18_6369445_General_1948_Vol_1
Agency: Department of War
Incident date: 6/15/48
Page 13
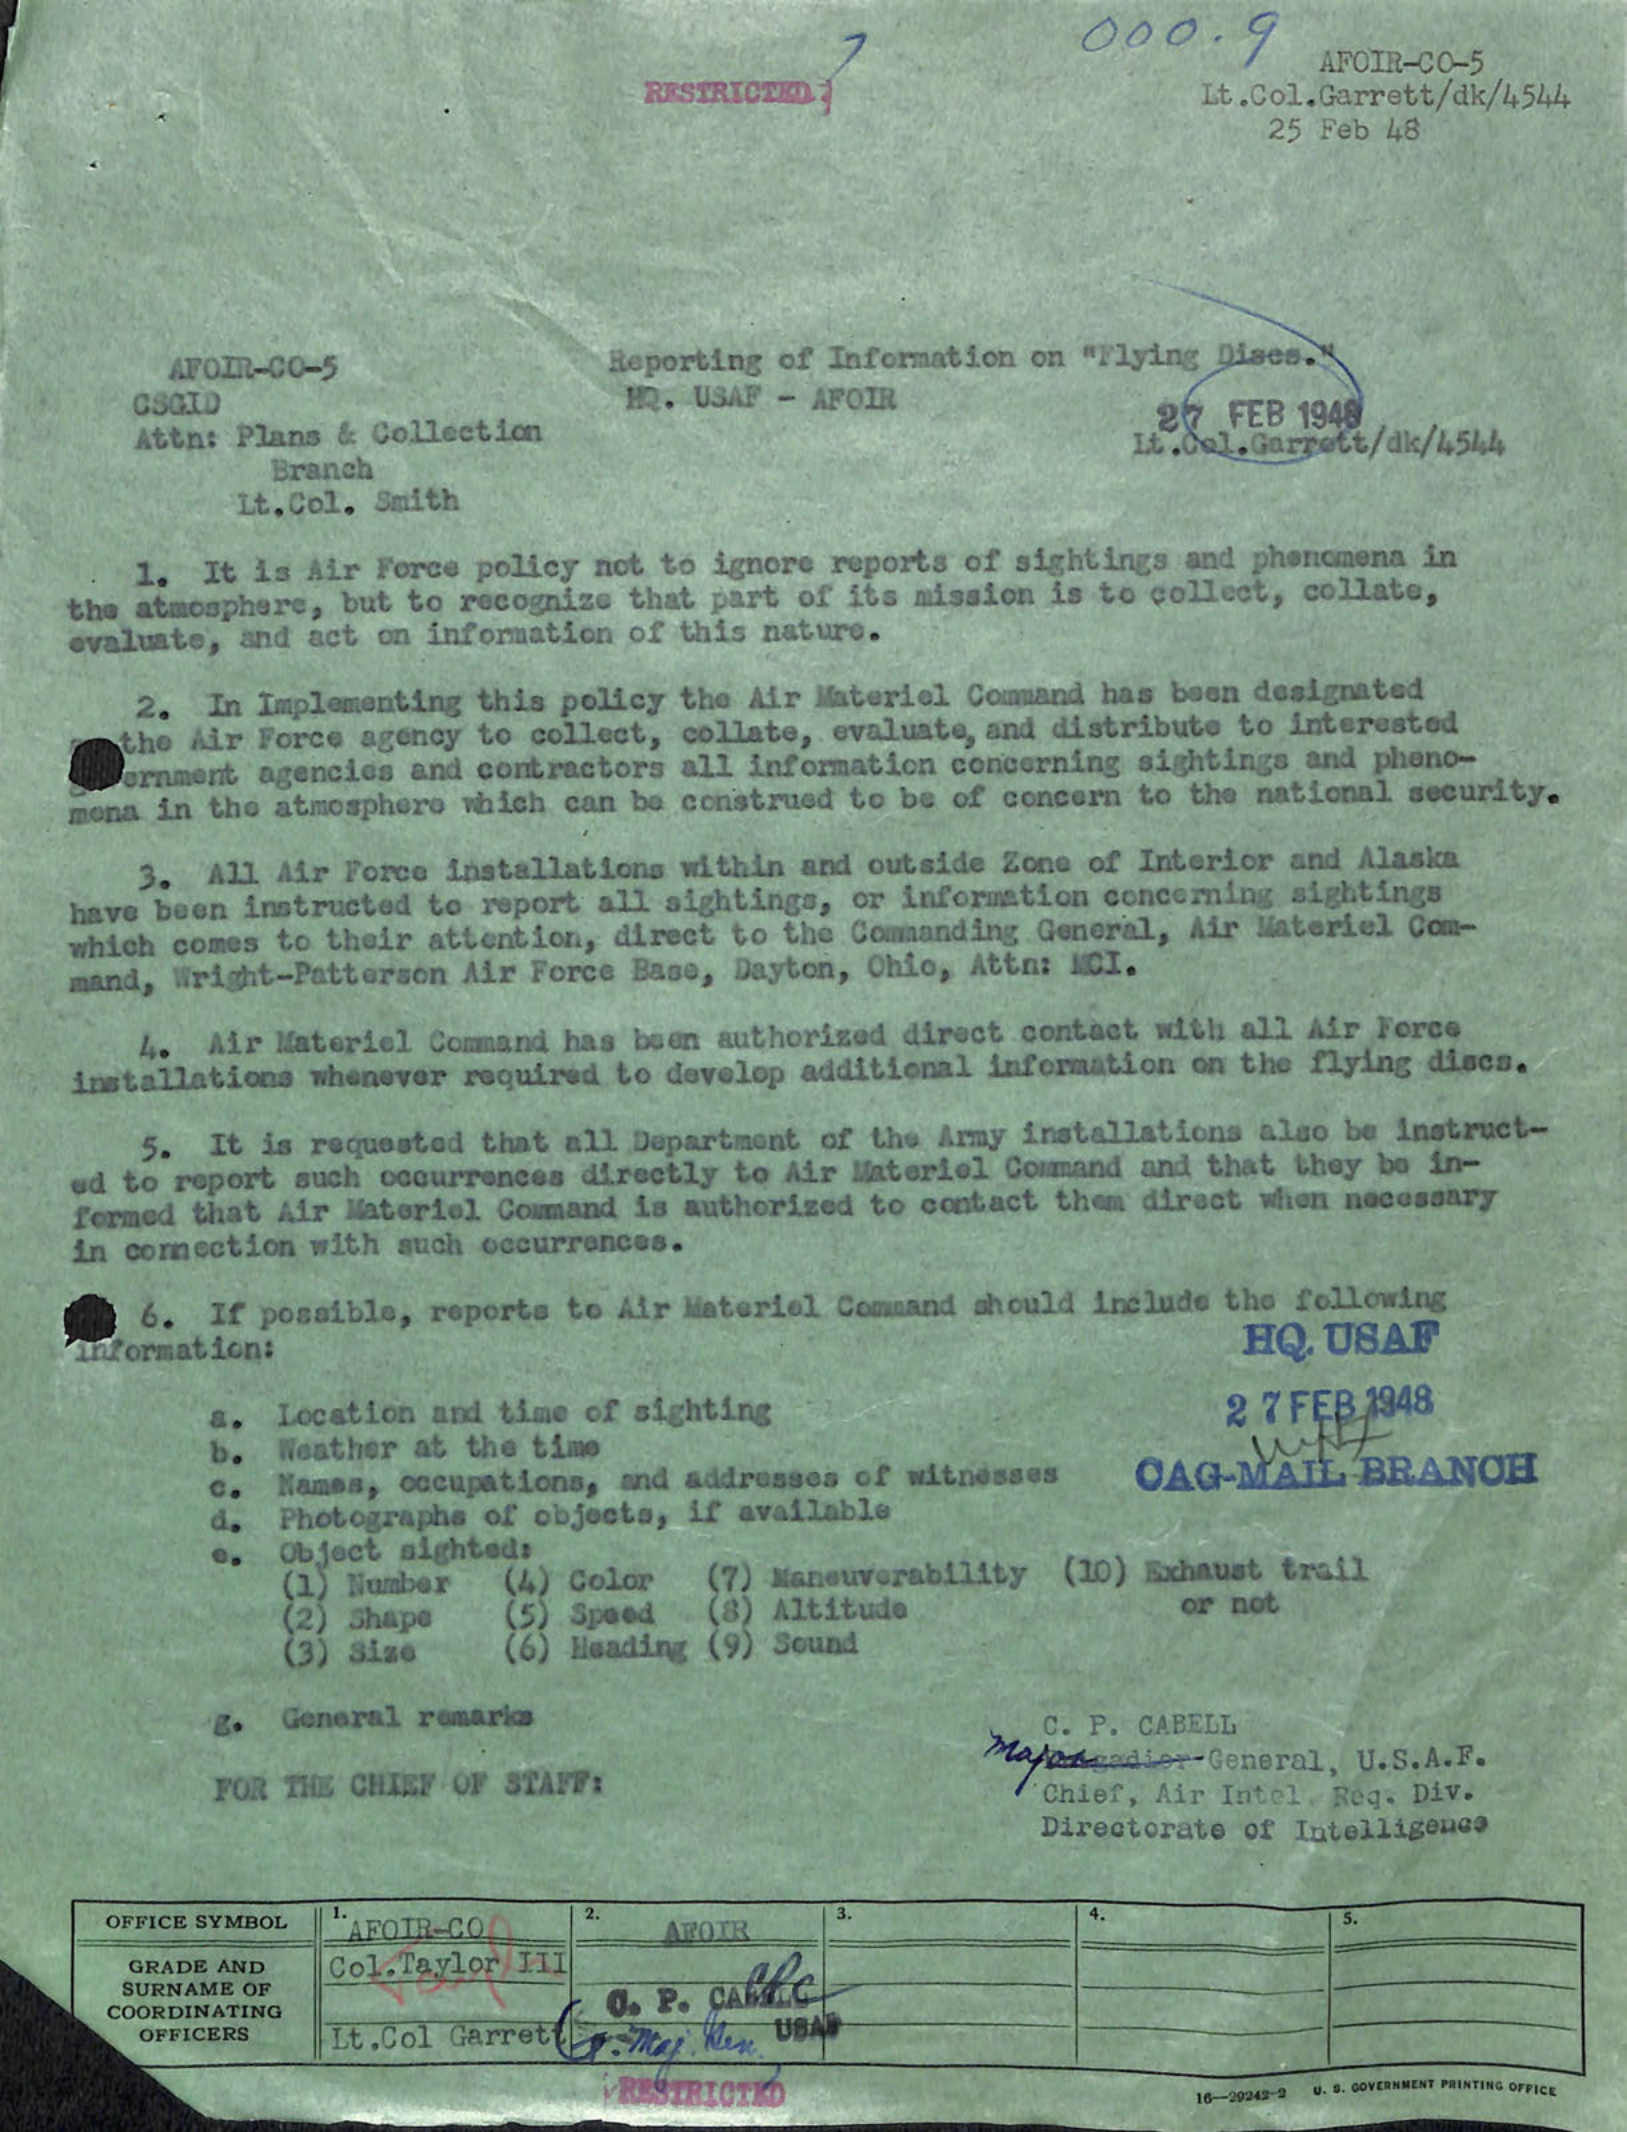